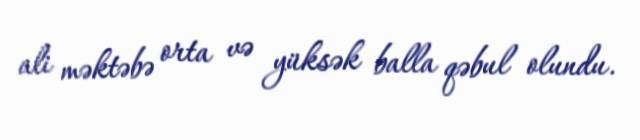
ali məktəbə orta və yüksək balla qəbul olundu.